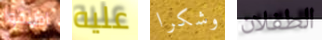
اطلقوا عليه وشكرا الطفلان